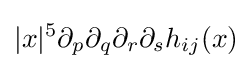
|x|^{5}\partial _{p}\partial _{q}\partial _{r}\partial _{s}h_{ij}(x)